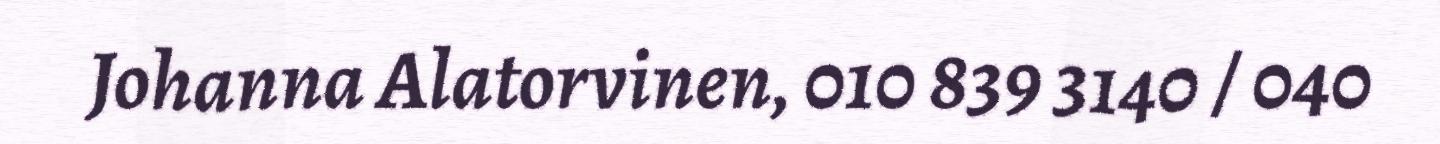
Johanna Alatorvinen, 010 839 3140 / 040